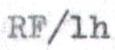
RF/1h